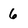
Character: 6